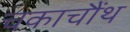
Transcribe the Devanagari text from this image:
चकाचौंथ